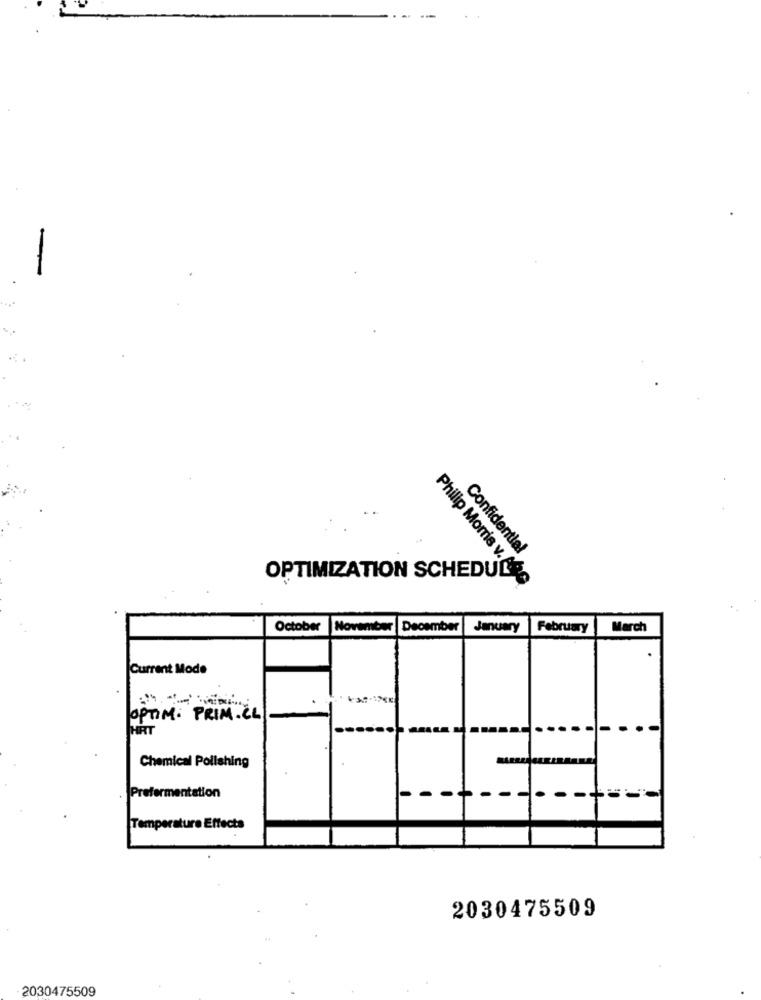
Confidential
OPTIMIZATION SCHEDULE
Philip Morris v. 490
October
November
December
January
February
March
Current Mode
OPTIM: PRIM. CL
HRT
Chemical Polishing
-
Prefermentation
Temperatura Effects
2030475509
2030475509